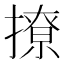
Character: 撩